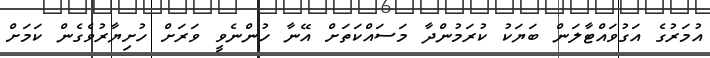
އުމަރުގެ އަގުވައްޓާލަން ބަޔަކު ކުރަމުންދާ މަސައްކަތަށް އޭނާ ހުންނެވީ ވަރަށް ހުށިޔާރުވެގެން ކަމަށް